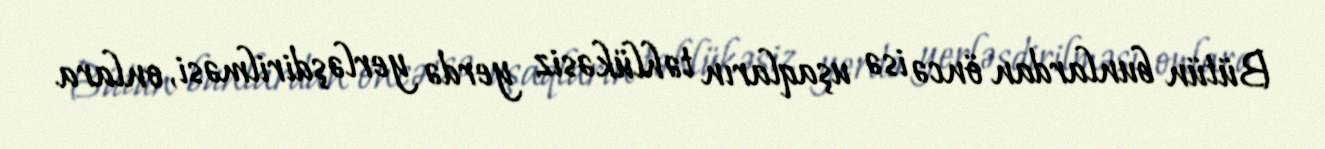
Bütün bunlardan öncə isə uşaqların təhlükəsiz yerdə yerləşdirilməsi, onlara